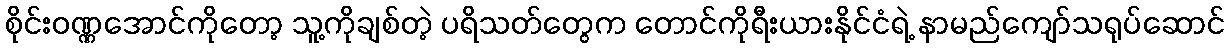
စိုင်းဝဏ္ဏအောင်ကိုတော့ သူ့ကိုချစ်တဲ့ ပရိသတ်တွေက တောင်ကိုရီးယားနိုင်ငံရဲ့ နာမည်ကျော်သရုပ်ဆောင်